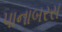
પાનાબરસ